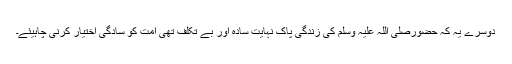
دوسرے یہ کہ حضورصلی اللہ علیہ وسلم کی زندگی پاک نہایت سادہ اور بے تکلف تھی امت کو سادگی اختیار کرنی چاہیئے۔